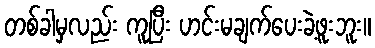
တစ်ခါမှလည်း ကူပြီး ဟင်းမချက်ပေးခဲ့ဖူးဘူး။